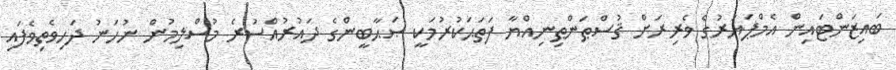
ބައިޒަންޓައިން އެމްޕަޔަރުގެ ވެރިރަށް ޤުސްޠަންޠިނިއްޔާ ފަތަޙަކުރުމަކީ ޞަޙާބީންގެ ދައުރުއްސުރެ މުސްލިމުން ނުހަނު ދަހިވެތިވެފައި